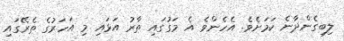
ލިބިގެންދާނެ ކަމަށެވެ. އެހެންވެ އެ މަގުގައި ތާރު އަޅައި މި އަހަރުގެ ތެރޭގައި